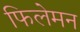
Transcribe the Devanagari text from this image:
फिलेमन